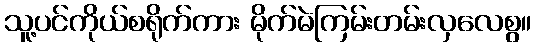
သူ့ပင်ကိုယ်စရိုက်ကား မိုက်မဲကြမ်းတမ်းလှလေစွ။